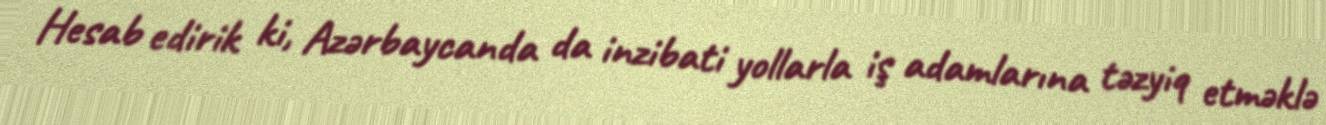
Hesab edirik ki, Azərbaycanda da inzibati yollarla iş adamlarına təzyiq etməklə